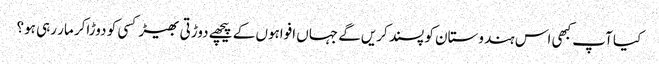
کیا آپ کبھی اس ہندوستان کو پسند کریں‌گے جہاں افواہوں کے پیچھے دوڑتی بھیڑ کسی کو دوڑاکر مار رہی ہو؟